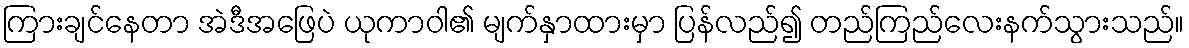
ကြားချင်နေတာ အဲဒီအဖြေပဲ ယုကာဝါ၏ မျက်နှာထားမှာ ပြန်လည်၍ တည်ကြည်လေးနက်သွားသည်။